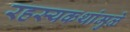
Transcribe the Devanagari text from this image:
रहस्यकथांमुळे